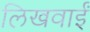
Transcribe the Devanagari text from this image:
लिखवाईं